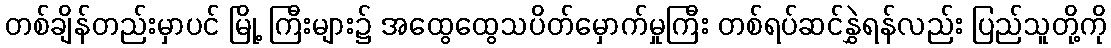
တစ်ချိန်တည်းမှာပင် မြို့ ကြီးများ၌ အထွေထွေသပိတ်မှောက်မှုကြီး တစ်ရပ်ဆင်နွှဲရန်လည်း ပြည်သူတို့ကို